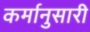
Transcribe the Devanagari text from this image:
कर्मानुसारी